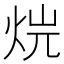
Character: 𤈡